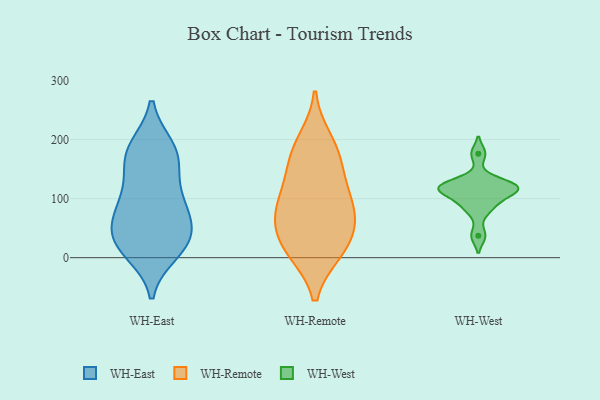
{"axis": {"x": "Tickets Resolved", "y": "Value"}, "legend": ["WH-East", "WH-Remote", "WH-West"], "data": [{"x": "", "y": 27, "type": "WH-East"}, {"x": "", "y": 186, "type": "WH-East"}, {"x": "", "y": 96, "type": "WH-East"}, {"x": "", "y": 26, "type": "WH-East"}, {"x": "", "y": 74, "type": "WH-East"}, {"x": "", "y": 10, "type": "WH-East"}, {"x": "", "y": 85, "type": "WH-East"}, {"x": "", "y": 139, "type": "WH-East"}, {"x": "", "y": 21, "type": "WH-East"}, {"x": "", "y": 183, "type": "WH-East"}, {"x": "", "y": 92, "type": "WH-East"}, {"x": "", "y": 176, "type": "WH-East"}, {"x": "", "y": 47, "type": "WH-East"}, {"x": "", "y": 36, "type": "WH-East"}, {"x": "", "y": 166, "type": "WH-East"}, {"x": "", "y": 71, "type": "WH-Remote"}, {"x": "", "y": 61, "type": "WH-Remote"}, {"x": "", "y": 198, "type": "WH-Remote"}, {"x": "", "y": 167, "type": "WH-Remote"}, {"x": "", "y": 123, "type": "WH-Remote"}, {"x": "", "y": 85, "type": "WH-Remote"}, {"x": "", "y": 112, "type": "WH-Remote"}, {"x": "", "y": 18, "type": "WH-Remote"}, {"x": "", "y": 11, "type": "WH-Remote"}, {"x": "", "y": 11, "type": "WH-Remote"}, {"x": "", "y": 59, "type": "WH-Remote"}, {"x": "", "y": 174, "type": "WH-Remote"}, {"x": "", "y": 108, "type": "WH-West"}, {"x": "", "y": 176, "type": "WH-West"}, {"x": "", "y": 37, "type": "WH-West"}, {"x": "", "y": 117, "type": "WH-West"}, {"x": "", "y": 115, "type": "WH-West"}, {"x": "", "y": 122, "type": "WH-West"}, {"x": "", "y": 80, "type": "WH-West"}, {"x": "", "y": 93, "type": "WH-West"}, {"x": "", "y": 128, "type": "WH-West"}, {"x": "", "y": 121, "type": "WH-West"}]}